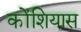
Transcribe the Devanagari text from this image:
कोंशियास